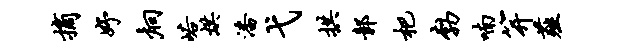
摘妤炯峪烘潘弋拱鄣杷勃喃笄薤